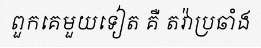
ពួកគេមួយទៀត គឺ តវ៉ាប្រឆាំង